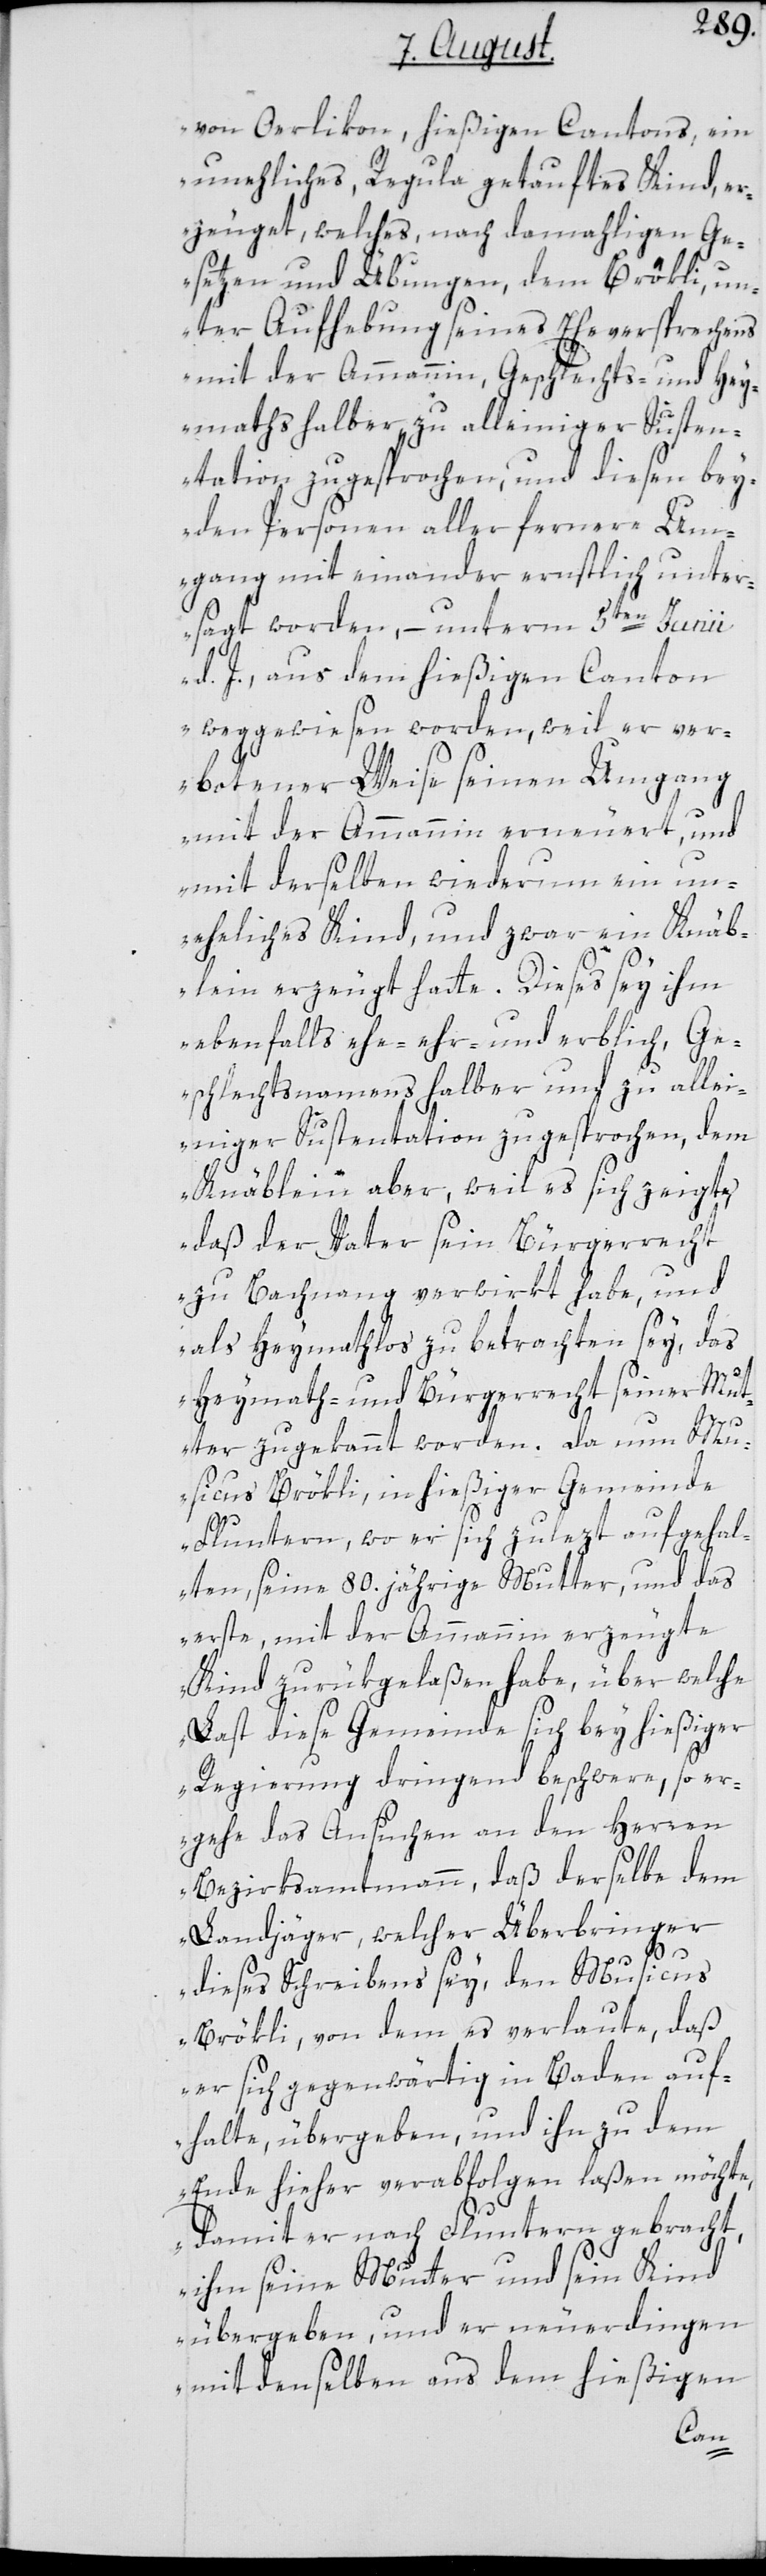
von Oerlikon, hießigen Cantons, ein
unehliches, Regula getauftes Kind, er¬
zeuget, welches, nach damahligen Ge¬
setzen und Übungen, dem Brökli, u¬
nter Aufhebung seines Eheversprechens
mit der Ammannin, Geschlechts- und Hey¬
mathshalber, zu alleiniger Susten¬
tation zugesprochen, und diesen bey¬
den Personen aller fernere Um¬
gang miteinander ernstlich unter¬
sagt worden, – unterm 5ten Junii
d. J., aus dem hießigen Canton
weggewiesen worden, weil er ver¬
botener Weise seinen Umgang
mit der Ammannin erneuert, und
mit derselben wiederum ein un¬
eheliches Kind, und zwar ein Knäb¬
lein erzeugt hatte. Diese sey ihm
ebenfalls ehe-, ehr- und erblich, Ge¬
schlechtsnamens halber und zu alle¬
iniger Sustentation zugesprochen, dem
Knäblein aber, weil es sich zeigte,
daß der Vater sein Bürgerrecht
zu Bachnang verwirkt habe, und
als heymathlos zu betrachten sey, das
Heymath- und Bürgerrecht seiner Mut¬
ter zugekannt worden. Da nun Mu¬
sicus Brökli, in hießiger Gemeinde
Fluntern, wo er sich zulezt aufgehal¬
ten, seine 80. jährige Mutter, und das
erste, mit der Ammannin erzeugte
Kind zurükgelaßen habe, über welche
Last diese Gemeinde sich bey hießiger
Regierung dringend beschwere, so er¬
gehe das Ansuchen an den Herren
Bezirksamtmann, daß derselbe dem
Landjäger, welcher Überbringer
dieses Schreibens sey, den Musicus
Brökli, von dem es verlaute, daß
er sich gegenwärtig in Baden auf¬
halte, übergeben, und ihn zu dem
Ende hieher verabfolgen laßen möchte,
damit er nach Fluntern gebracht,
ihm seine Mutter und sein Kind
übergeben, und er neuerdingen
mit demselben aus dem hießigen